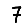
Digit: 7